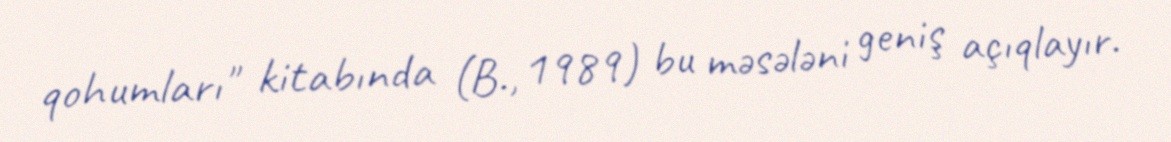
qohumları" kitabında (B., 1989) bu məsələni geniş açıqlayır.